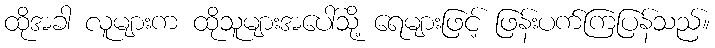
ထိုအခါ လူများက ထိုသူများအပေါ်သို့ ရေများဖြင့် ဖြန်းပက်ကြပြန်သည်။